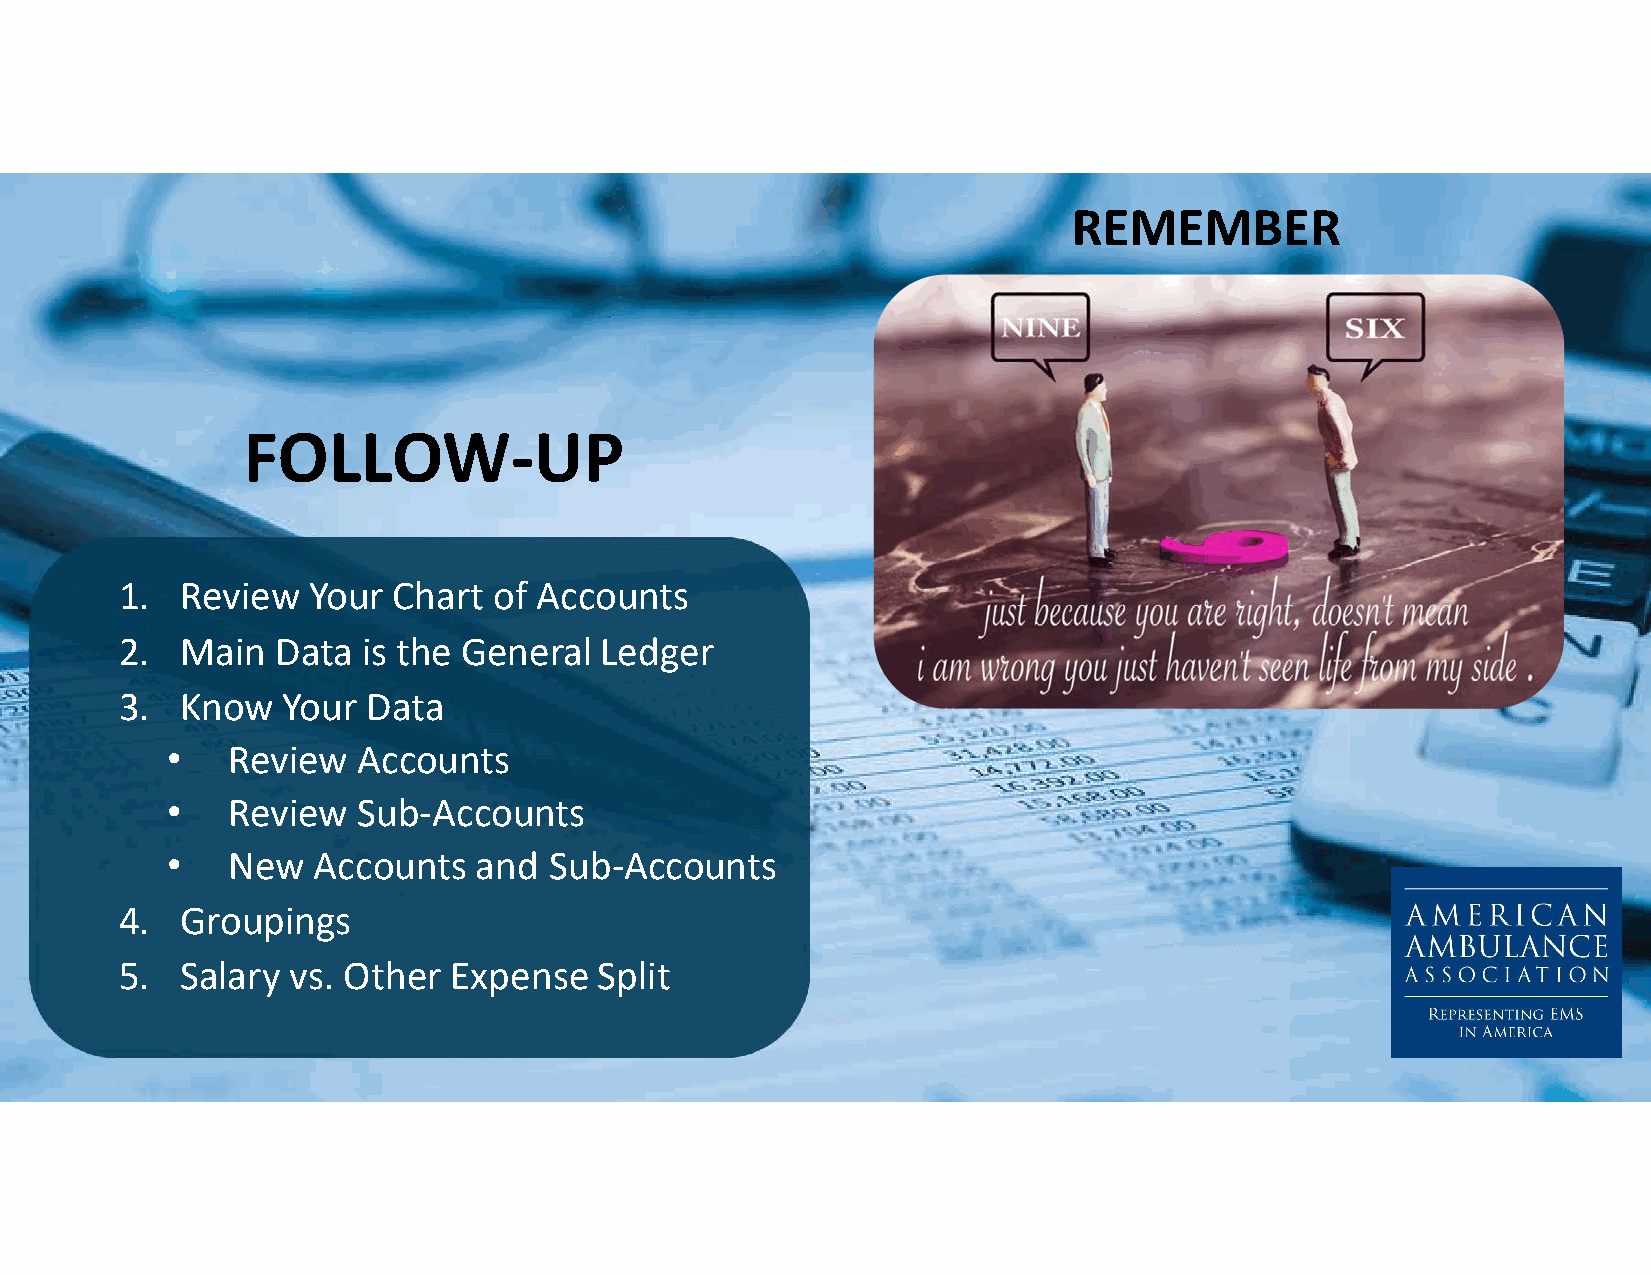
REMEMBER
 FOLLOW-UP
 1.  Review  Your  Chart  of Accounts
 2.  Main  Data  is the General  Ledger
 3.  Know   Your Data
 •   Review   Accounts
 •   Review   Sub-Accounts
 •   New   Accounts  and  Sub-Accounts
 4.  Groupings
 5.  Salary vs. Other  Expense   Split